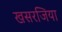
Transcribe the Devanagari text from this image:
खसरजिया